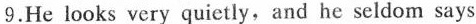
9.He looks very quietly, and he seldom says